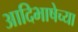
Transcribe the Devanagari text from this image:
आदिभाषेच्या